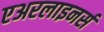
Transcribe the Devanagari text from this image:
एअरलाइनर्स